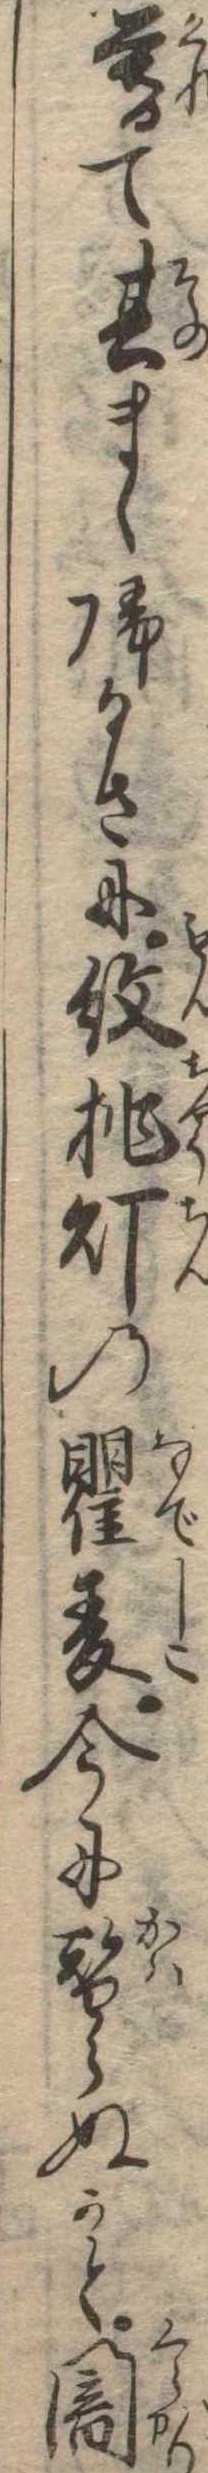
暮て其まゝ帰るさに紋挑灯の瞿麦今に替らぬかと闇